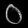
Digit: ၀